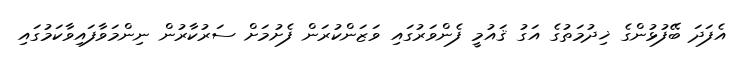
އެފަދަ ބޭފުޅުންގެ ޚިދުމަތުގެ އަގު ޤައުމީ ފެންވަރުގައި ވަޒަންކުރަން ފެށުމަށް ސަރުކާރުން ނިންމަވާފައިވާކަމުގައި